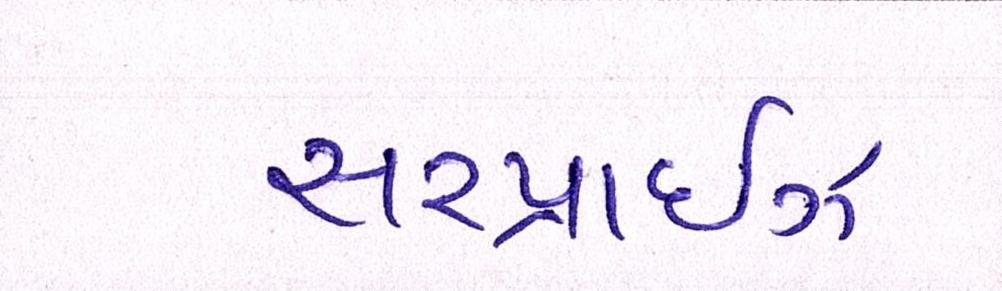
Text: સરપ્રાઇઝ